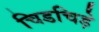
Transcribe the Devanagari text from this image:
चिडचिड़े